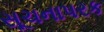
સૂચનાપરક